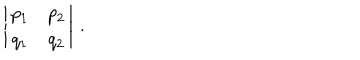
\left| \begin{matrix} { { p _ { 1 } } } & { { p _ { 2 } } } \\ { { q _ { 1 } } } & { { q _ { 2 } } } \\ \end{matrix} \right| \, .